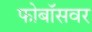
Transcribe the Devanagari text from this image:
फोबॉसवर